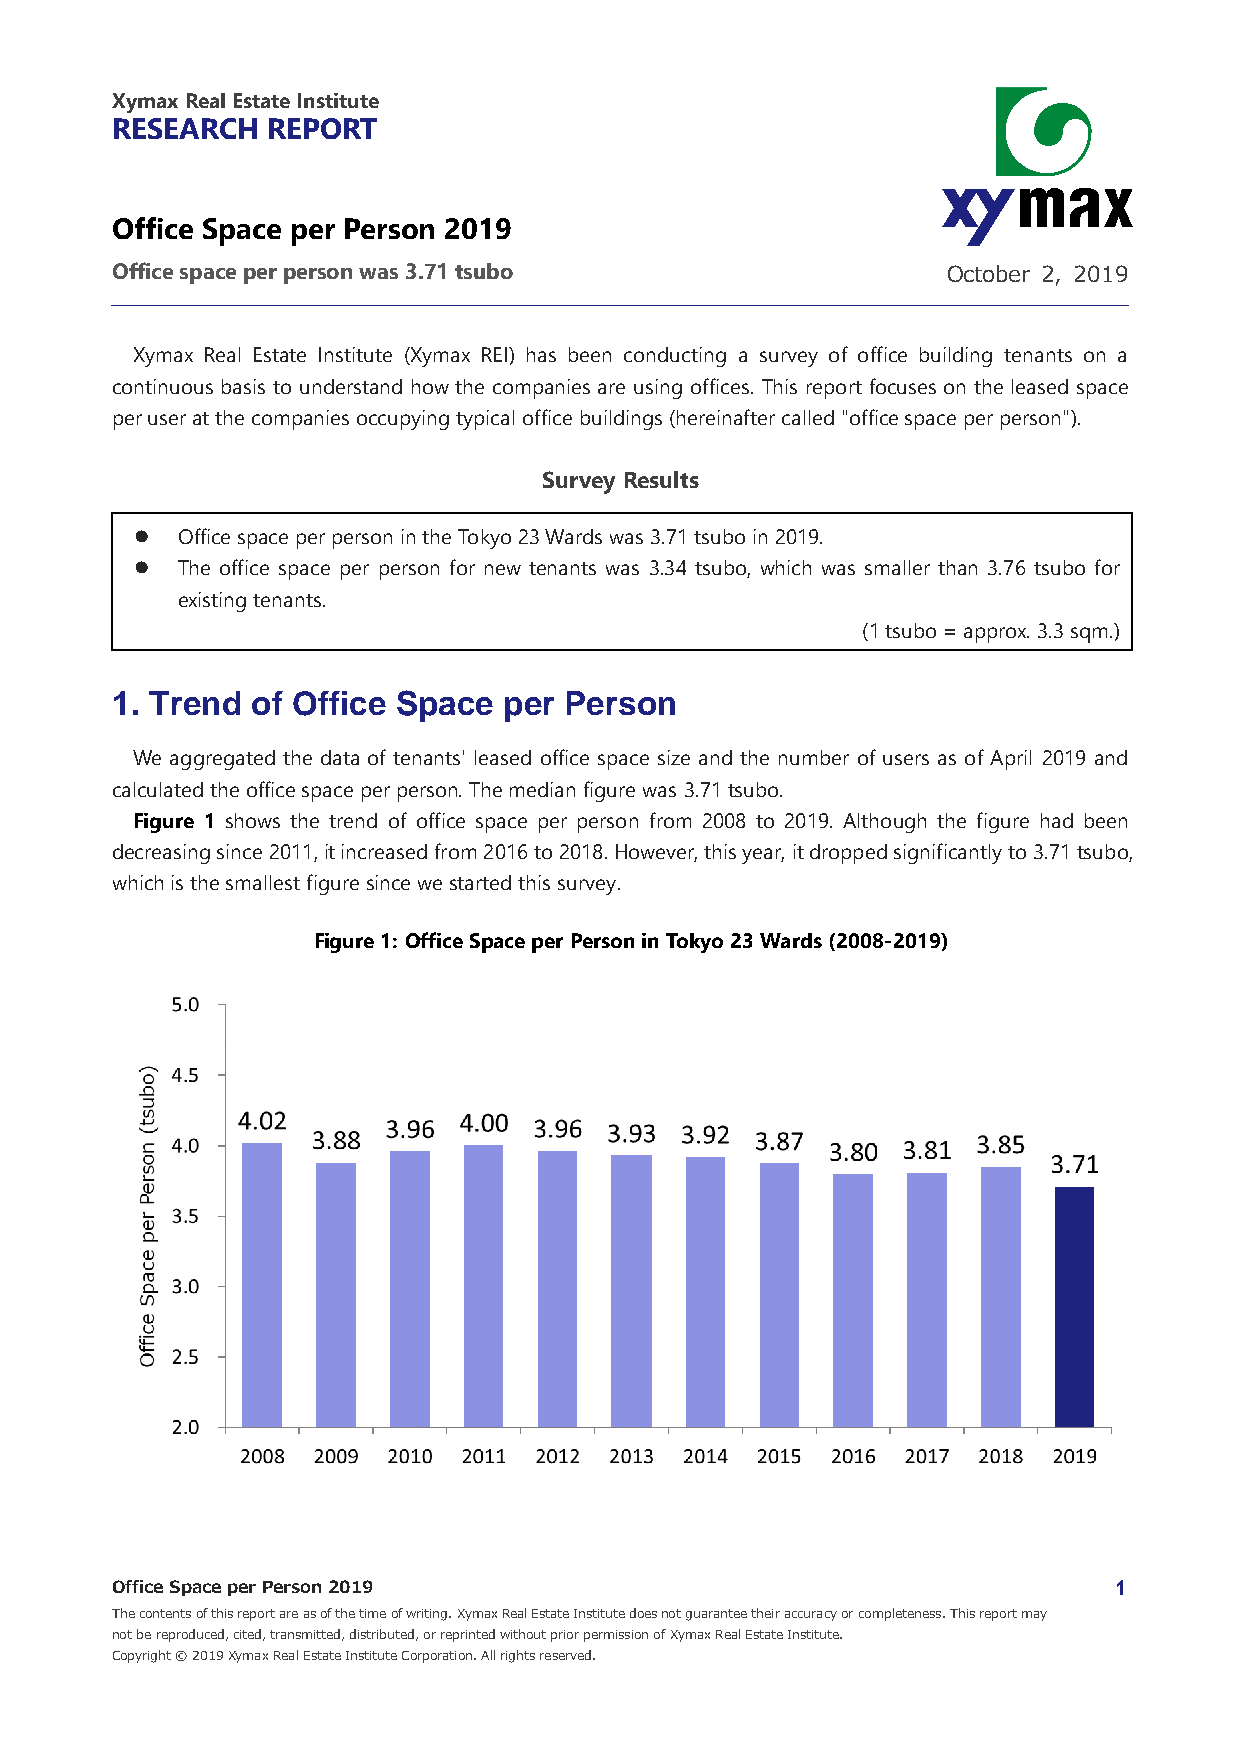
Xymax Real Estate Institute
 RESEARCH   REPORT
 Office Space per Person 2019
 Office space per person was 3.71 tsubo                  October 2, 2019
 Xymax Real Estate Institute (Xymax REI) has been conducting a survey of office building tenants on a
 continuous basis to understand how the companies are using offices. This report focuses on the leased space
 per user at the companies occupying typical office buildings (hereinafter called "office space per person").
 Survey Results
   Office space per person in the Tokyo 23 Wards was 3.71 tsubo in 2019.
   The office space per person for new tenants was 3.34 tsubo, which was smaller than 3.76 tsubo for
 existing tenants.
 (1 tsubo = approx. 3.3 sqm.)
 1. Trend  of Office Space per Person
 We aggregated the data of tenants' leased office space size and the number of users as of April 2019 and
 calculated the office space per person. The median figure was 3.71 tsubo.
 Figure 1 shows the trend of office space per person from 2008 to 2019. Although the figure had been
 decreasing since 2011, it increased from 2016 to 2018. However, this year, it dropped significantly to 3.71 tsubo,
 which is the smallest figure since we started this survey.
 Figure 1: Office Space per Person in Tokyo 23 Wards (2008-2019)
 Office Space per Person 2019                                       1
 The contents of this report are as of the time of writing. Xymax Real Estate Institute does not guarantee their accuracy or completeness. This report may
 not be reproduced, cited, transmitted, distributed, or reprinted without prior permission of Xymax Real Estate Institute.
 Copyright © 2019 Xymax Real Estate Institute Corporation. All rights reserved.